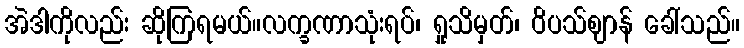
အဲဒါကိုလည်း ဆိုကြရမယ်။လက္ခဏာသုံးရပ်၊ ရှုသိမှတ်၊ ဝိပသ်ဈာန် ခေါ်သည်။